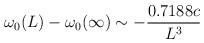
LaTeX: \begin{align*}\omega_0 (L) - \omega_0 (\infty ) \sim - {0.7188 c\over L^3}\end{align*}